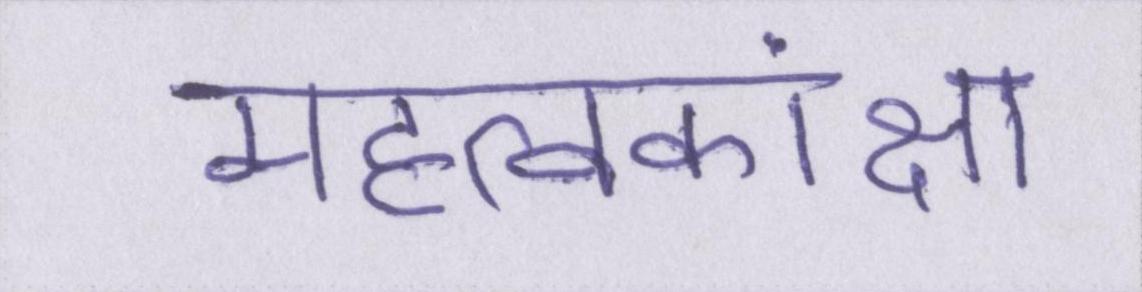
महत्वकांक्षा